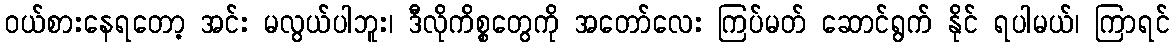
ဝယ်စားနေရတော့ အင်း မလွယ်ပါဘူး၊ ဒီလိုကိစ္စတွေကို အတော်လေး ကြပ်မတ် ဆောင်ရွက် နိုင် ရပါမယ်၊ ကြာရင်